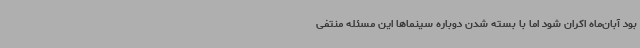
بود آبان‌ماه اکران شود اما با بسته شدن دوباره سینماها این مسئله منتفی